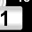
Digit: 1